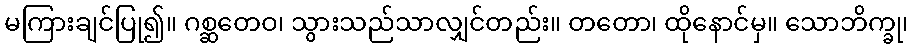
မကြားချင်ပြု၍။ ဂစ္ဆတေဝ၊ သွားသည်သာလျှင်တည်း။ တတော၊ ထိုနောင်မှ။ သောဘိက္ခု၊